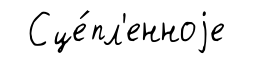
Сце́пл'енноjе